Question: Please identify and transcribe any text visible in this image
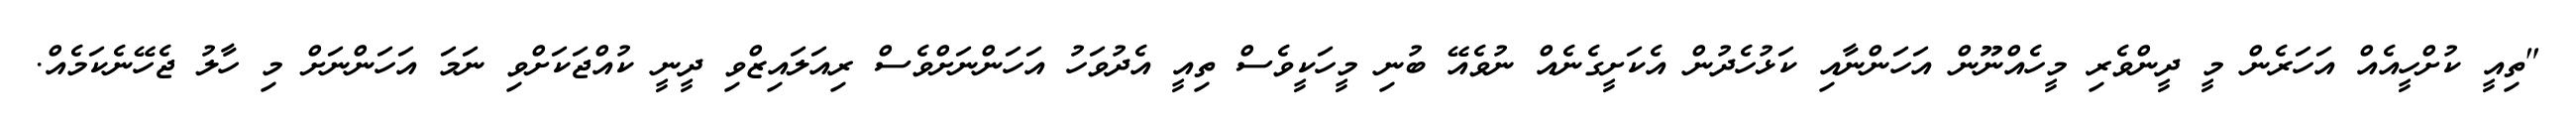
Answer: "ތިއީ ކުށްހީއެއް އަހަރެން މީ ދީންވެރި މީހެއްނޫން އަހަންނާއި ކަޅުހެދުން އެކަށީގެނެއް ނުވެއޭ ބުނި މީހަކީވެސް ތިއީ އެދުވަހު އަހަންނަށްވެސް ރިއަލައިޒްވި ދީނީ ކުއްޖަކަށްވި ނަމަ އަހަންނަށް މި ހާލު ޖެހޭނެކަމެއް.